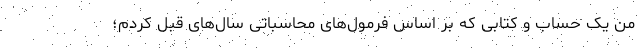
من یک حساب و کتابی که بر اساس فرمول‌های محاسباتی سال‌های قبل کردم؛